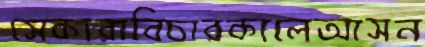
সেকারাবিচারকালেআসন